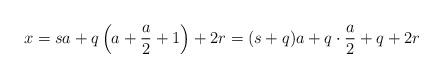
LaTeX: \begin{align*}x & = sa + q \left(a + \frac{a}{2} + 1 \right) + 2 r = (s+q)a + q \cdot \frac{a}{2} + q + 2 r \end{align*}